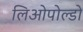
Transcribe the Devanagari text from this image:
लिओपोल्डो